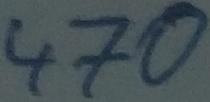
Text: 470